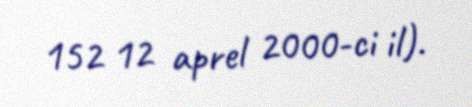
152 12 aprel 2000-ci il).